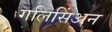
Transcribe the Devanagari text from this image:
गलिसिंअन